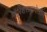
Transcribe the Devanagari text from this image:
मॉरिशसलादेखील